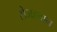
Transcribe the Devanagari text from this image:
सेजहवान